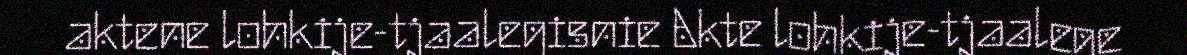
aktene lohkije-tjaalegisnie Akte lohkije-tjaalege